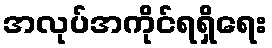
အလုပ်အကိုင်ရရှိရေး